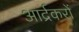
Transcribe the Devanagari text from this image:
आर्द्रकरों